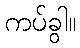
ကပ်ခွါ။